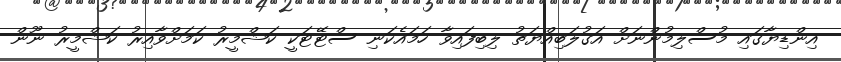
އިންޑިޔާގައި މުސްލިމުންނަށް އަގުލަބިއްޔަތު ލިބިފައިވާ ހަމައެކަނި ސްޓޭޓަކީ ކަޝްމީރު ކަމަށްވާއިރު ކަޝްމީރު ނޫން